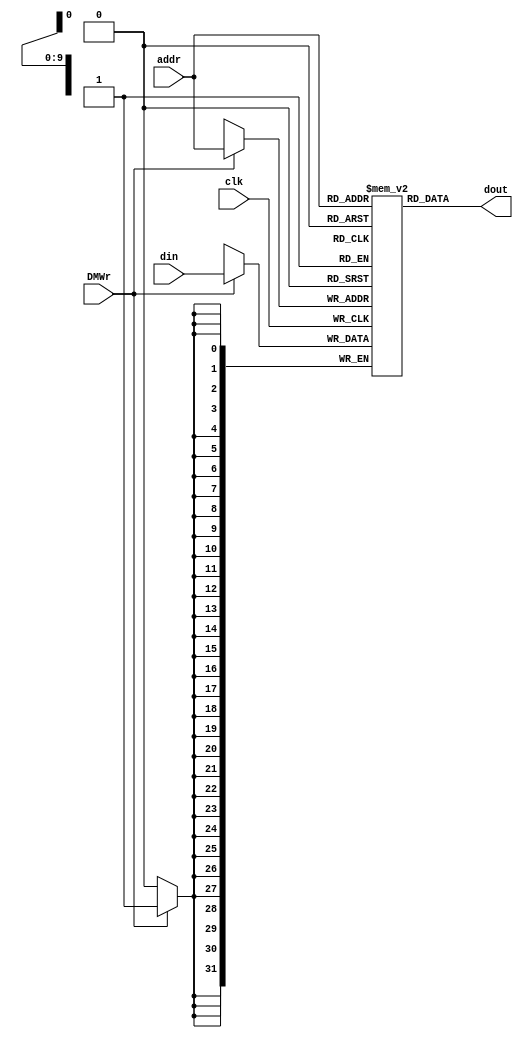
`timescale 1ns / 1ps
//////////////////////////////////////////////////////////////////////////////////
// Company: 
// Engineer: 
// 
// Design Name: 
// Module Name: dm_4k
// Project Name: 
// Target Devices: 
// Tool Versions: 
// Description: 
// 
// Dependencies: 
// 
// Revision:
// Revision 0.01 - File Created
// Additional Comments:
// 
//////////////////////////////////////////////////////////////////////////////////


module dm_4k( addr, din, DMWr, clk, dout );
   
   input  [11:2] addr;
   input  [31:0] din;
   input         DMWr;//
   input         clk;
   output [31:0] dout;
     
   reg [31:0] dmem[1023:0];
   
   always @(posedge clk) begin
      if (DMWr)
         dmem[addr] <= din;
   end // end always
   
   assign dout = dmem[addr];
    
endmodule